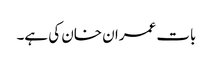
بات عمران خان کی ہے۔